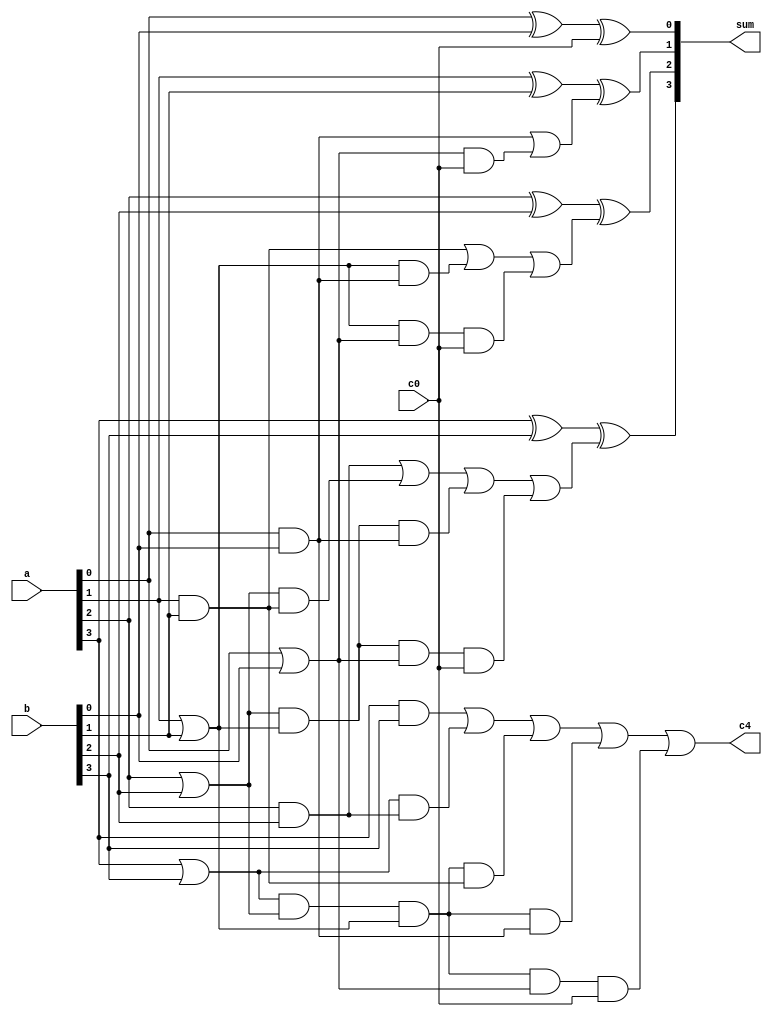
//Developer: SYAFI MASRI
//ID: 2000482
//Revision: Rev2

module four_bit_CLA_adder(sum,c4,a,b,c0);
  input [3:0]a,b;
  input c0;
  output [3:0] sum;
  output c4;
  /////////////////
  wire p0,p1,p2,p3;
  wire g0,g1,g2,g3;
  wire c1,c2,c3,c4;
  
  assign p0 = a[0]|b[0];
  assign p1 = a[1]|b[1];
  assign p2 = a[2]|b[2];
  assign p3 = a[3]|b[3];
  
  assign g0 = a[0]&b[0];
  assign g1 = a[1]&b[1];
  assign g2 = a[2]&b[2];
  assign g3 = a[3]&b[3];
  
  assign c1 = g0|(p0&c0);
  assign c2 = g1|(p1&g0)|(p1&p0&c0);
  assign c3 = g2|(p2&g1)|(p2&p1&g0)|(p2&p1&p0&c0);
  assign c4 = g3|(p3&g2)|(p3&p2&p1&g1)|(p3&p2&p1&g0)|(p3&p2&p1&p0&c0);
  
  assign sum[0] = a[0]^b[0]^c0;
  assign sum[1] = a[1]^b[1]^c1;
  assign sum[2] = a[2]^b[2]^c2;
  assign sum[3] = a[3]^b[3]^c3;
  
endmodule